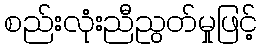
စည်းလုံးညီညွတ်မှုဖြင့်